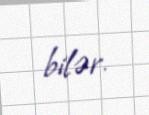
bilər.